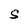
Character: S